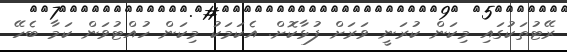
ރޭޓުތަކުގައި މިކަން ކުރަނީ ވަރަށް ފުޅާކޮށް. އެކަމަކު މިކަން ހުއްޓުވަން ކަމާ ބެހޭ